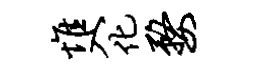
惟入化婺